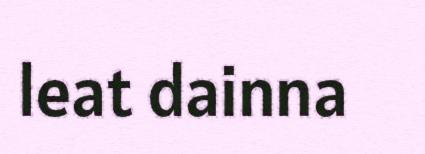
leat dainna